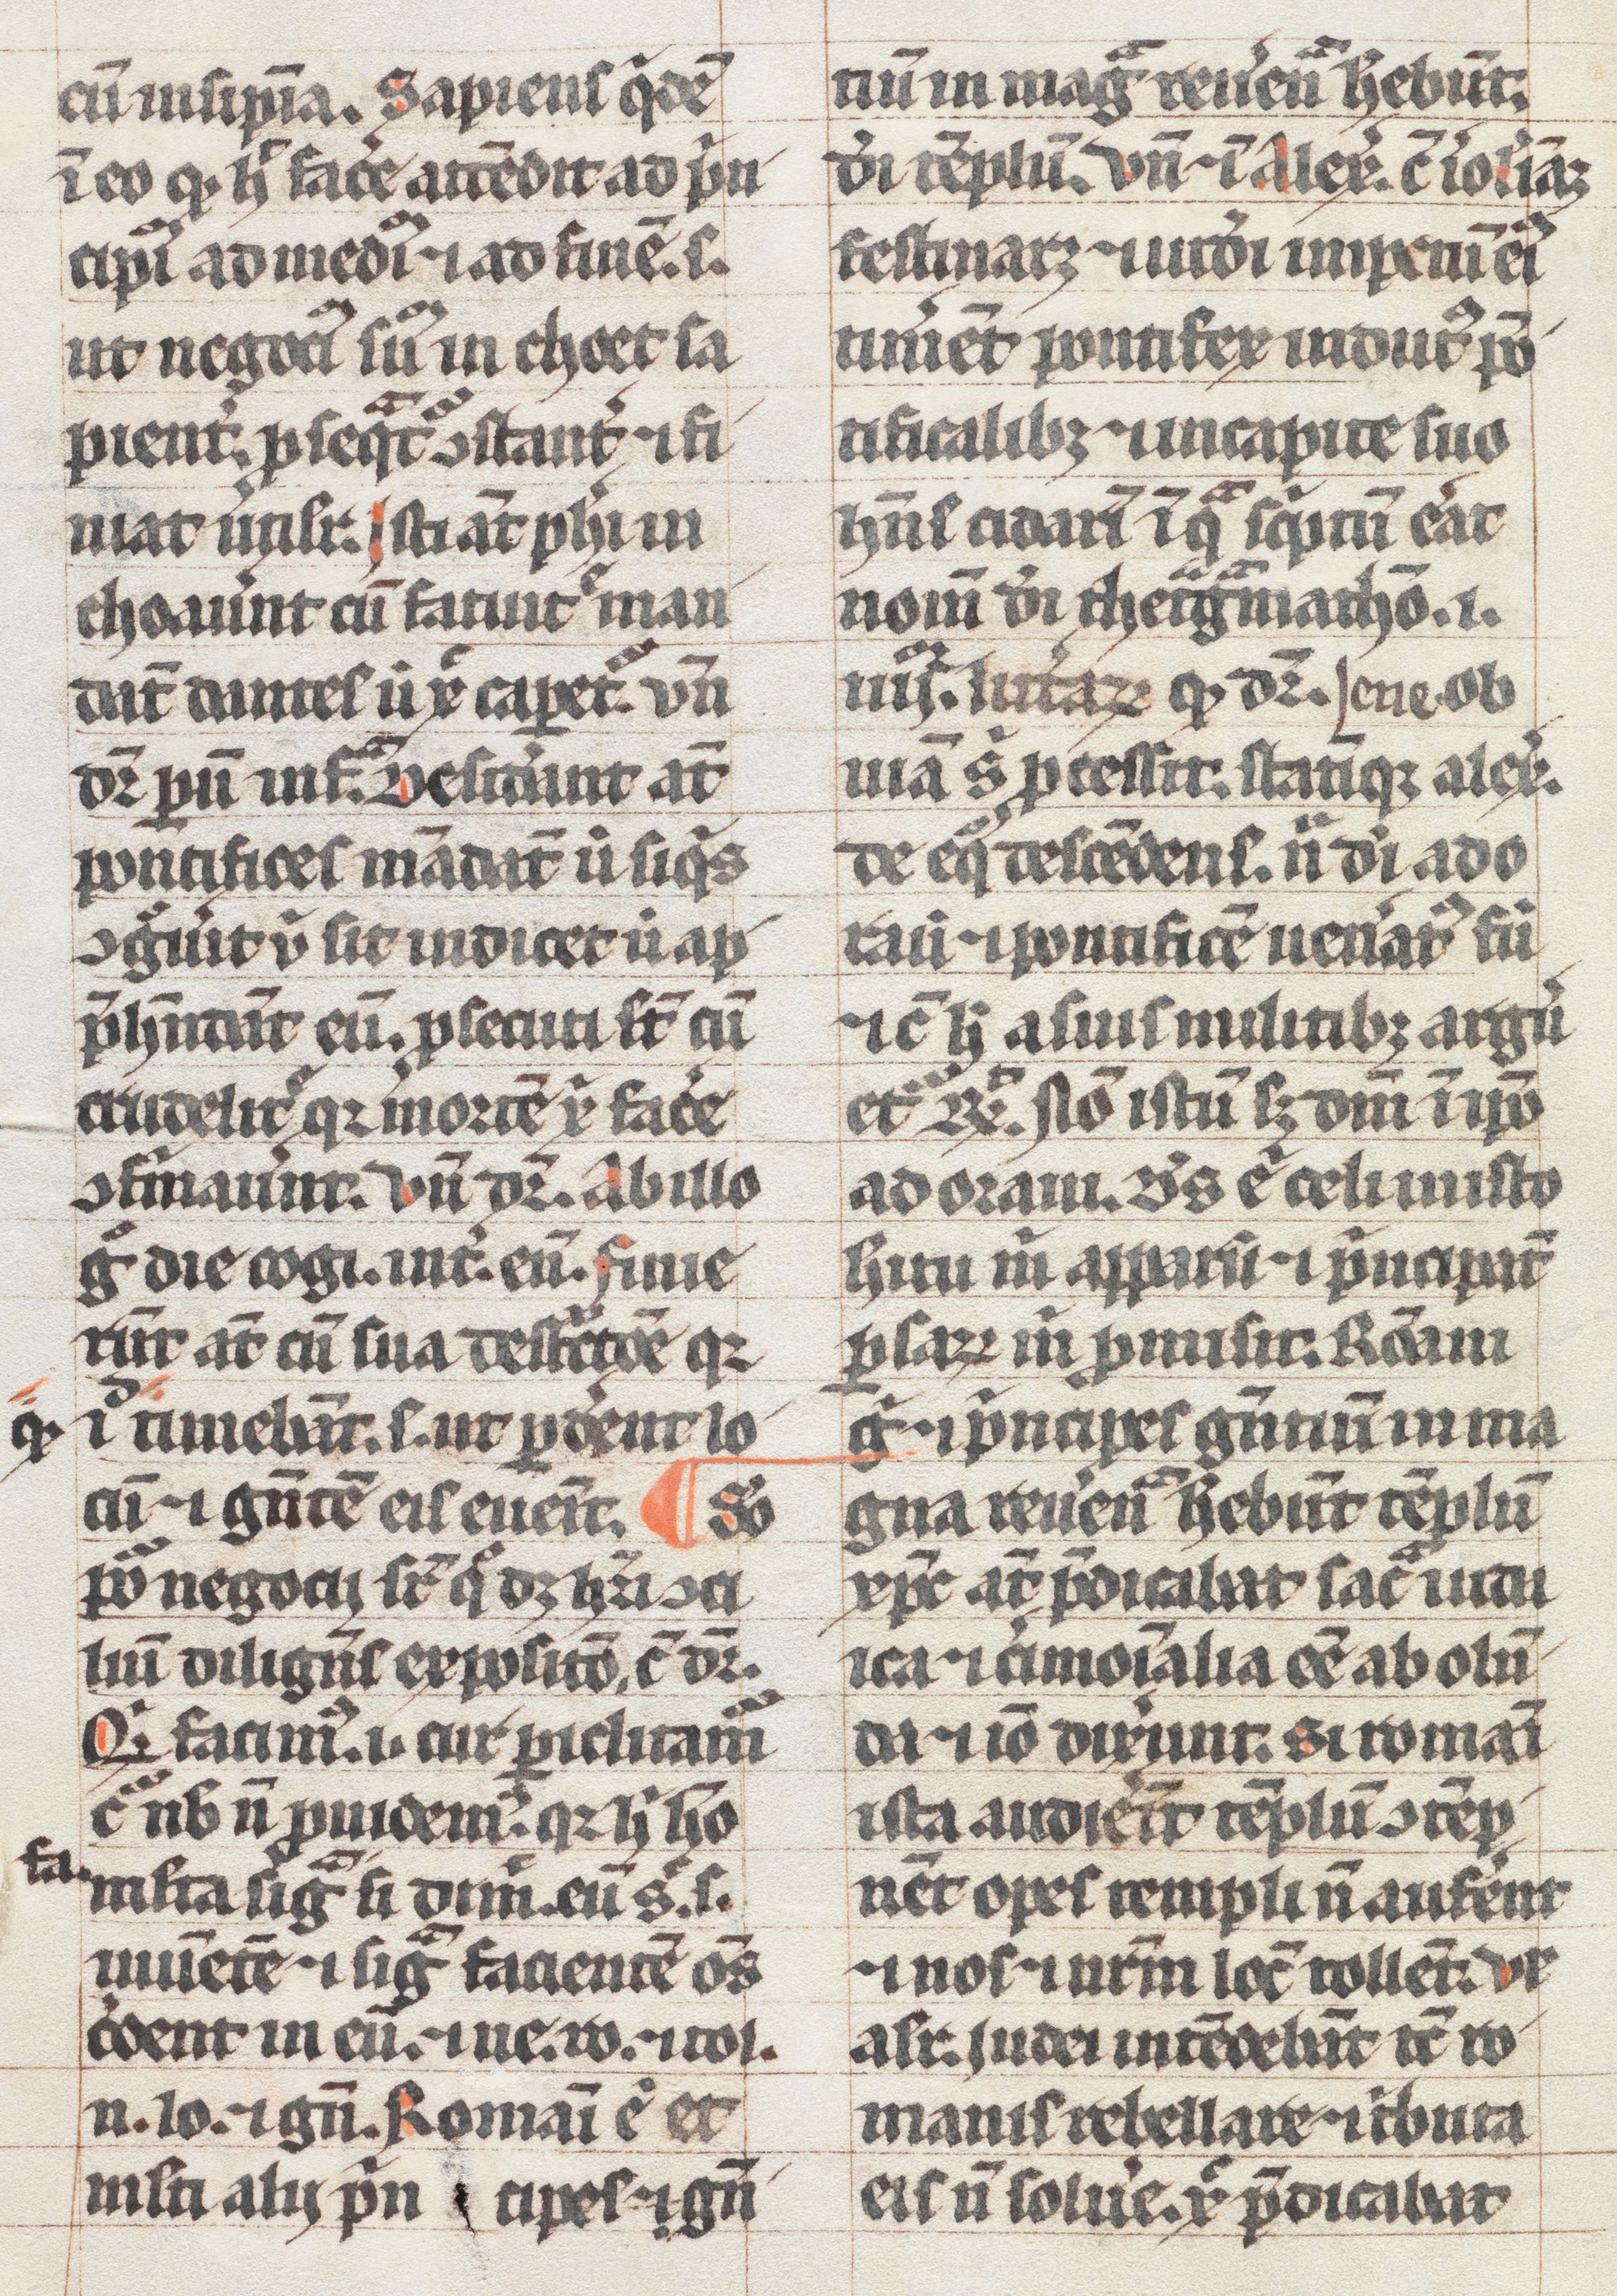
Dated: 1300–1399